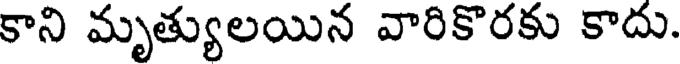
కాని మృత్యులయిన వారికొరకు కాదు.